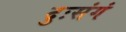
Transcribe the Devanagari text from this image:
दुःसंगं